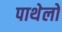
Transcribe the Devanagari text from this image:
पाथेलो